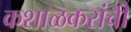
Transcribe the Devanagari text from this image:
कशाळकरांची